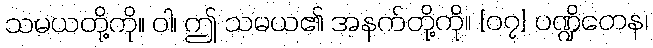
သမယတို့ကို။ ဝါ၊ ဤ သမယ၏ အနက်တို့ကို။ {၀၇} ပဏ္ဍိတေန၊